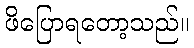
ဖိပြောရတော့သည်။